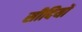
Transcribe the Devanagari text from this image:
सीदियों